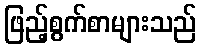
ဖြည့်စွက်စာများသည်